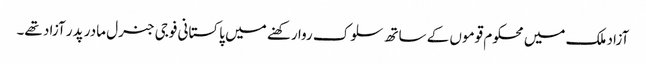
آزاد ملک میں محکوم قوموں کے ساتھ سلوک روا رکھنے میں پاکستانی فوجی جنرل مادر پدر آزاد تھے۔